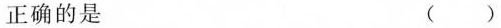
正确的是（）